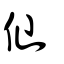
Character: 仙